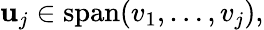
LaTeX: \mathbf{u}_{j}\in\operatorname{span}(v_{1},\ldots,v_{j}),